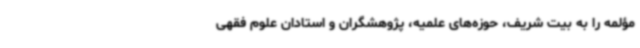
مؤلمه را به بیت شریف، حوزه‌های علمیه، پژوهشگران و استادان علوم فقهی